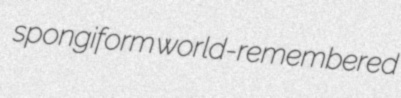
spongiform world-remembered